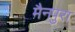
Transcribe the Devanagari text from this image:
मैनपुरा